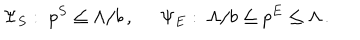
LaTeX: \Psi _ { S } : \; p ^ { S } \leq \Lambda / b \, , \; \; \Psi _ { E } : \; \Lambda / b \leq p ^ { E } \leq \Lambda \, .